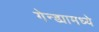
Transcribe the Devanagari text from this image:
गेन्ड्यामध्ये